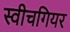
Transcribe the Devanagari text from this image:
स्वीचगियर